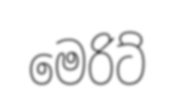
මෙරිට්